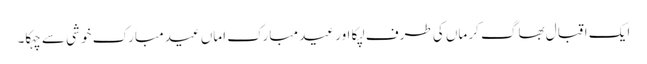
ایک اقبال بھاگ کر ماں کی طرف لپکا اور عید مبارک اماں عید مبارک خو شی سے چہکا۔